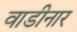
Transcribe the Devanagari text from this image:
वाडीनार